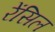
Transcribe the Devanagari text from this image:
रेंसिल